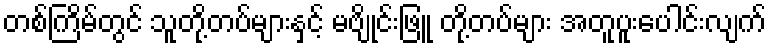
တစ်ကြိမ်တွင် သူတို့တပ်များနှင့် မဗျိုင်းဖြူ တို့တပ်များ အတူပူးပေါင်းလျက်